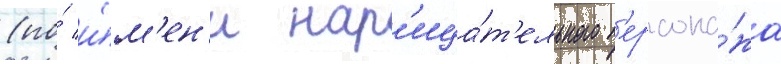
(по́ и́м'ен'и нар'ица́т'ельного п'ерсона́жа